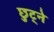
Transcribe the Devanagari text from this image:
छुट्ने